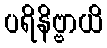
ပရိနိဗ္ဗာယိ